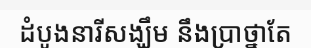
ដំបូងនារីសង្ឃឹម នឹងប្រាថ្នាតែ